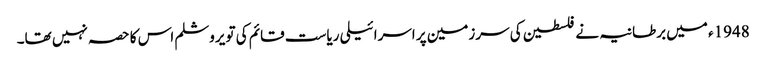
1948ء میں برطانیہ نے فلسطین کی سرزمین پر اسرائیلی ریاست قائم کی تو یروشلم اس کا حصہ نہیں تھا۔